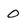
Character: 0